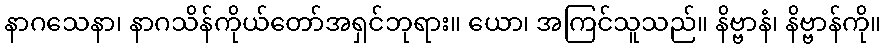
နာဂသေနာ၊ နာဂသိန်ကိုယ်တော်အရှင်ဘုရား။ ယော၊ အကြင်သူသည်။ နိဗ္ဗာနံ၊ နိဗ္ဗာန်ကို။